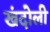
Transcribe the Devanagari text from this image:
खंदोली